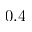
0 . 4